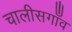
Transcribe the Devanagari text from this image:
चालीसगाँव